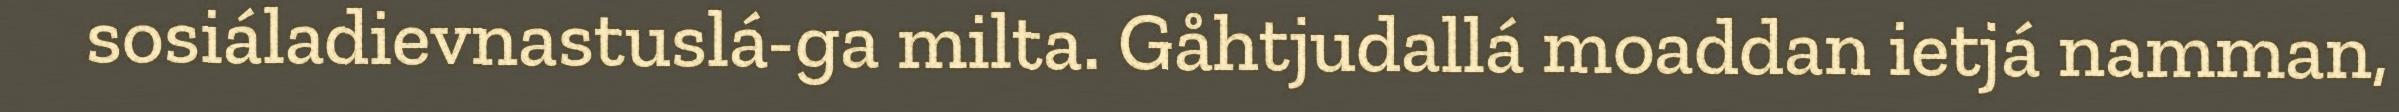
sosiáladievnastuslá-ga milta. Gåhtjudallá moaddan ietjá namman,